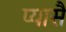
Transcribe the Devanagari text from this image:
प्यासै